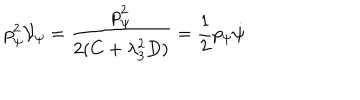
p _ { \psi } ^ { 2 } { \cal V } _ { \psi } = \frac { p _ { \psi } ^ { 2 } } { 2 ( C + \lambda _ { 3 } ^ { 2 } D ) } = \frac { 1 } { 2 } p _ { \psi } \dot { \psi }